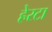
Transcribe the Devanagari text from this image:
हेरटा